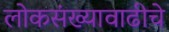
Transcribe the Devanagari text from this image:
लोकसंख्यावाढीचे